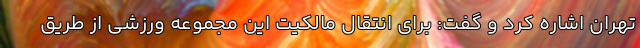
تهران اشاره کرد و گفت: برای انتقال مالکیت این مجموعه ورزشی از طریق